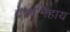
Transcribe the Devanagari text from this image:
देशानिहाय